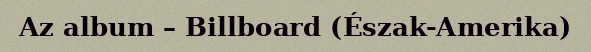
Az album – Billboard (Észak-Amerika)